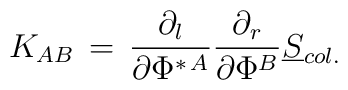
K_{AB} \,=\, {\partial_l \over \partial \Phi ^{\ast \,A}} {\partial_r \over \partial \Phi ^B } {\underline S}_{col.}